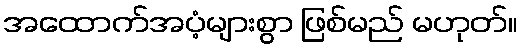
အထောက်အပံ့များစွာ ဖြစ်မည် မဟုတ်။